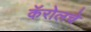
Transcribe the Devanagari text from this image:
कॅरोलचे